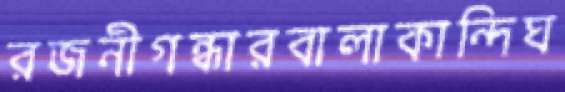
রজনীগন্ধারবালাকান্দিঘ